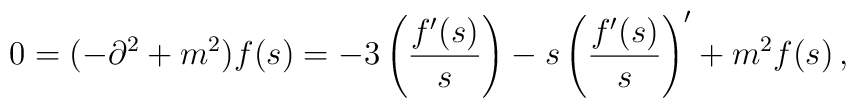
0 = (-\partial^2 + m^2)f(s) =-3 \left( f'(s)\over s\right)- s \left( f'(s)\over s\right)' + m^2 f(s)\,,